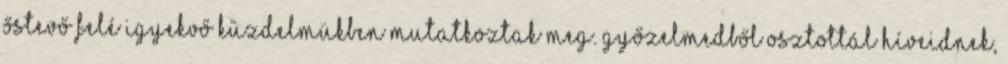
Őstevő felé igyekvő küzdelmükben mutatkoztak meg. Győzelmedből osztottál híveidnek,